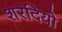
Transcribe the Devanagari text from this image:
शरदियो